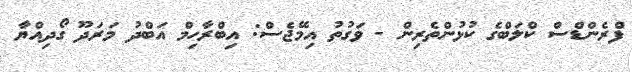
ފްރެންޑްސް ކްލަބްގެ ކުޅުންތެރިން - ވަގުތު އިމޭޖެސް: އިބްރާހިމް އަބްދު މަރަދޫ ގޯދިއްޔާ